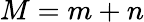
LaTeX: M=m+n